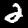
Digit: 2